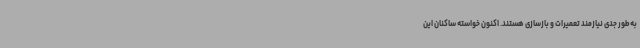
به‌طور جدی نیازمند تعمیرات و بازسازی هستند. اکنون خواسته ساکنان این